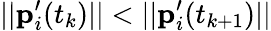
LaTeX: ||\mathbf{p}_{i}^{\prime}(t_{k})||<||\mathbf{p}_{i}^{\prime}(t_{k+1})||